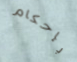
بإحكام